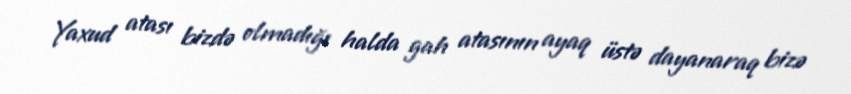
Yaxud atası bizdə olmadığı halda gah atasının ayaq üstə dayanaraq bizə